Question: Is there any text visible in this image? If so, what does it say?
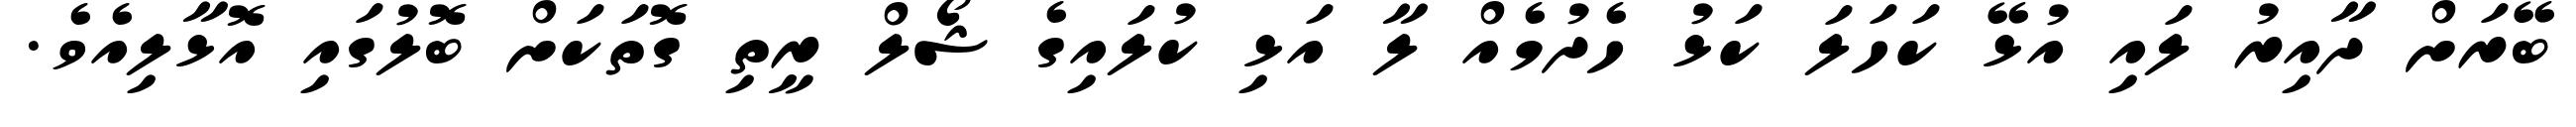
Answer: ބޭރަށް ދާއިރު ލައި އުޅޭ ކަހަލަ ކަޅު ހެދުމެއް ލާ އަޅި ކުލައިގެ ޝޯލް ރީތި ގޮތަކަށް ބޮލުގައި އޮޅާލިއެވެ.